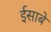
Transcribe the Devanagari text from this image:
ईसाबे